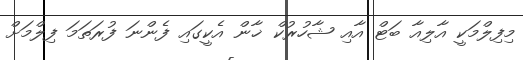
މިފިލްމަކީ އާލިއާ ބަޓް އާއި ޝާހުރުކް ޚާން އެކީގައި ފެންނަ ފުރަތަމަ ފިލްމަށް